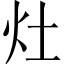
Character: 灶